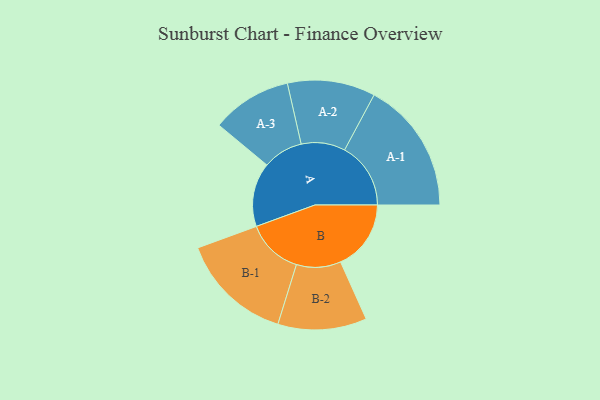
{"axis": {"x": "Segment", "y": "Value"}, "legend": ["", "A", "B"], "data": [{"x": "A", "y": 268, "type": ""}, {"x": "B", "y": 295, "type": ""}, {"x": "A-1", "y": 277, "type": "A"}, {"x": "A-2", "y": 184, "type": "A"}, {"x": "A-3", "y": 168, "type": "A"}, {"x": "B-1", "y": 236, "type": "B"}, {"x": "B-2", "y": 186, "type": "B"}]}